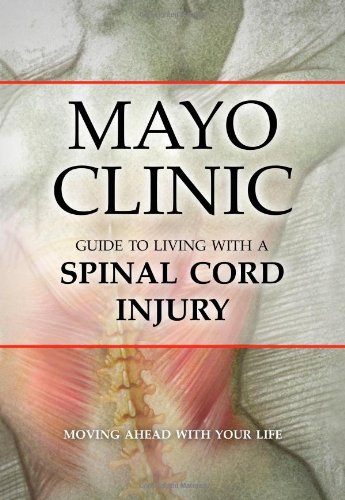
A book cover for Mayo Clinic Guide to Living with a Spinal Cord Injury; Mayo Clinic; Health, Fitness & Dieting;